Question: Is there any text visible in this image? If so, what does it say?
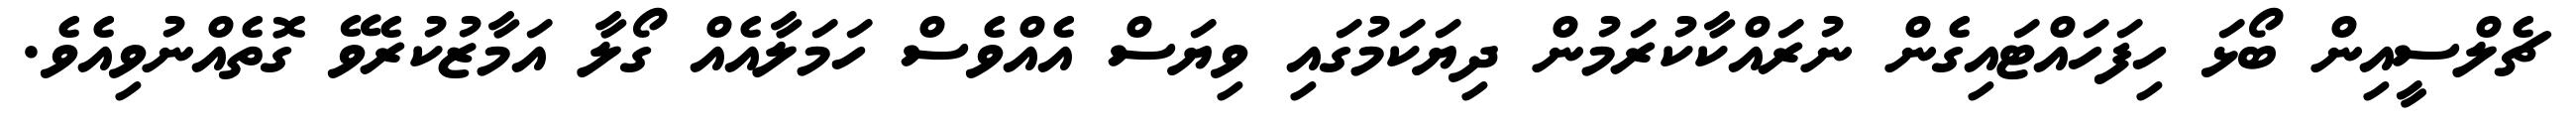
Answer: ޗެލްސީއިން ބޯޅަ ހިފަހައްޓައިގެން ނުރައްކާކުރަމުން ދިޔަކަމުގައި ވިޔަސް އެއްވެސް ހަމަލާއެއް ގޯލާ އަމާޒުކުރެވޭ ގޮތެއްނުވިއެވެ.